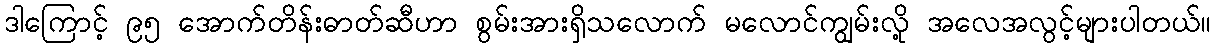
ဒါကြောင့် ၉၅ အောက်တိန်းဓာတ်ဆီဟာ စွမ်းအားရှိသလောက် မလောင်ကျွမ်းလို့ အလေအလွင့်များပါတယ်။